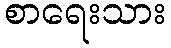
စာရေးသား